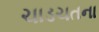
ચાડચતના